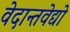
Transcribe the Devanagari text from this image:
वेदान्तवेद्यो